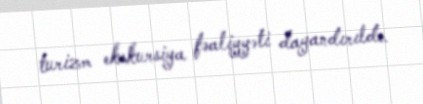
turizm ekskursiya fəaliyyəti dayandırıldı.